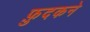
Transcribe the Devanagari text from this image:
फ़ुदकने